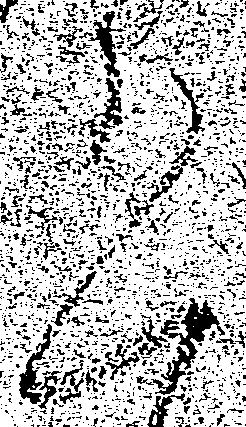
恐